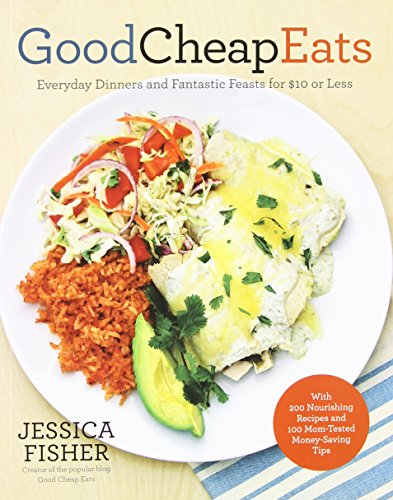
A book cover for Good Cheap Eats: Everyday Dinners and Fantastic Feasts for $10 or Less; Jessica Fisher; Cookbooks, Food & Wine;